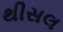
થીસલ